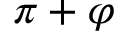
\pi + \varphi